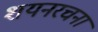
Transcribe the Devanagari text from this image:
शयनरचना